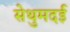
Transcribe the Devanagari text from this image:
सेथुमदई